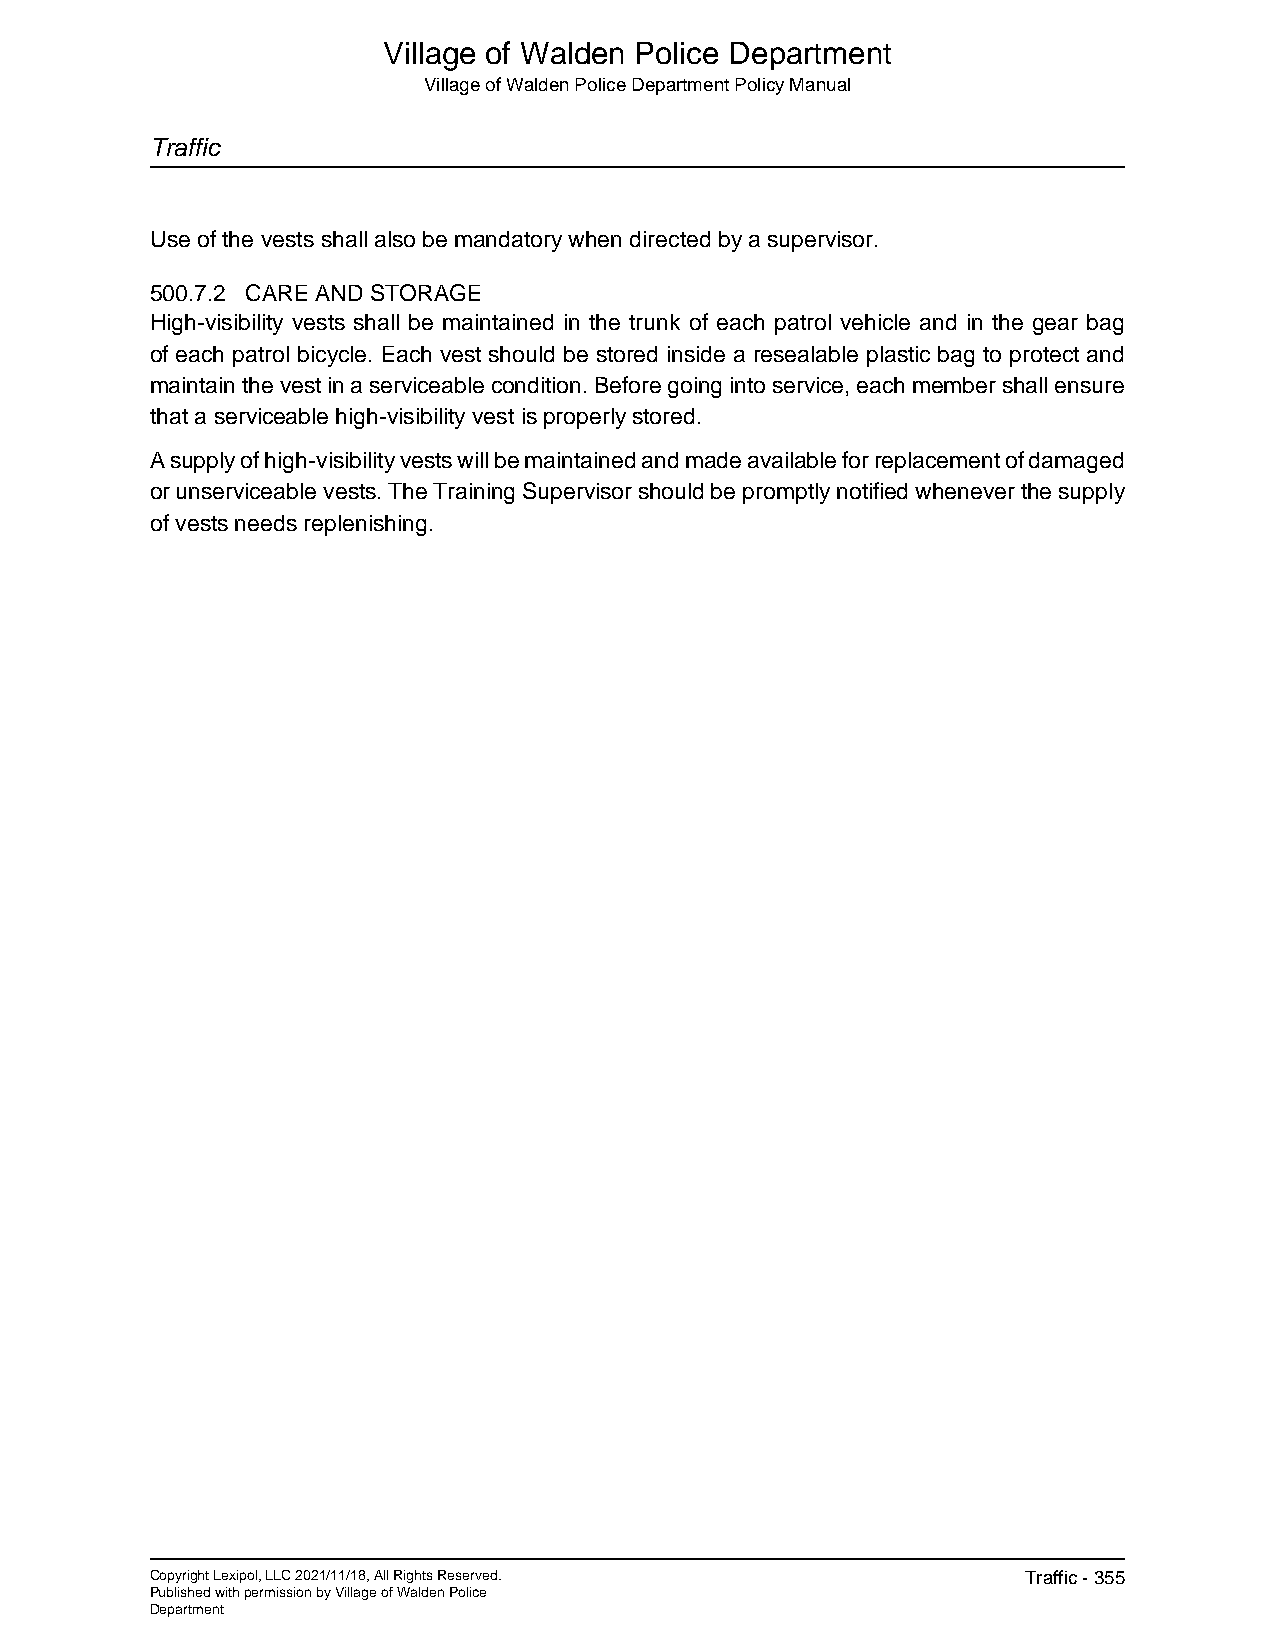
Village of Walden Police Department
 Village of Walden Police Department Policy Manual
 Traffic
 Use of the vests shall also be mandatory when directed by a supervisor.
 500.7.2 CARE AND STORAGE
 High-visibility vests shall be maintained in the trunk of each patrol vehicle and in the gear bag
 of each patrol bicycle. Each vest should be stored inside a resealable plastic bag to protect and
 maintain the vest in a serviceable condition. Before going into service, each member shall ensure
 that a serviceable high-visibility vest is properly stored.
 A supply of high-visibility vests will be maintained and made available for replacement of damaged
 or unserviceable vests. The Training Supervisor should be promptly notified whenever the supply
 of vests needs replenishing.
 Copyright Lexipol, LLC 2021/11/18, All Rights Reserved.   Traffic - 355
 Published with permission by Village of Walden Police
 Department